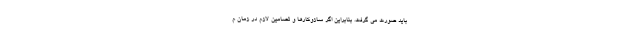
بايد صورت مي گرفت. بنابراين اگر سازوكارها و تضامين لازم در زمان م